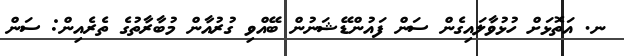
ނ. އަތޮޅަށް ހުޅުވާލައިގެން ސަން ފައުންޑޭޝަނުން ބޭއްވި ގުރުއާން މުބާރާތުގެ ތެރެއިން: ސަން